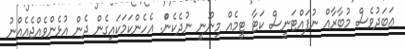
ޢަބަދުވެސް މުބާރާއް ނުފައްޓަނީސް ކަޓާ ޓީމެއް މިނޫނީ ނުދެކެންް. އެހެންކަމަކައިގެން ދެން އުޅެންވެއްޖެއެއްނު